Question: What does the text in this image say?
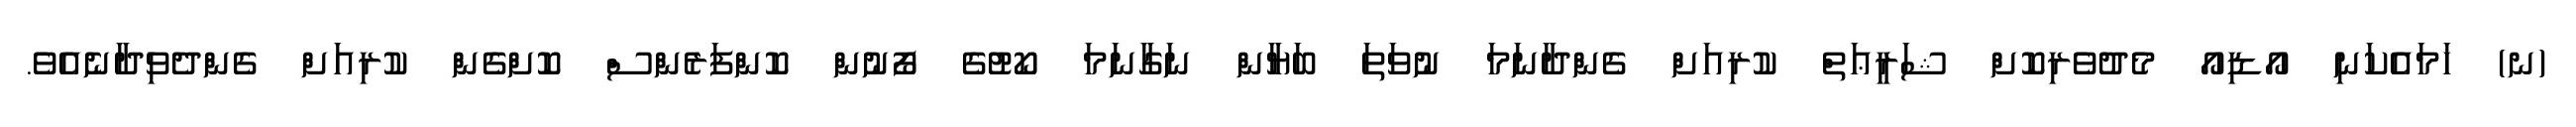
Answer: (ނ) ހަމައެކަނި އޯޑިއޯ މެދުވެރިކޮށް ޝަރީޢަތް ކުރިއަށް ގެންދާނަމަ ނުވަތަ ބަޔާން ނަގާނަމަ ކޯޓުގެ ފޯނުން ކޮންފަރެންސް ކޮށްގެން ކުރިއަށް ގެންދެވިދާނެއެވެ.